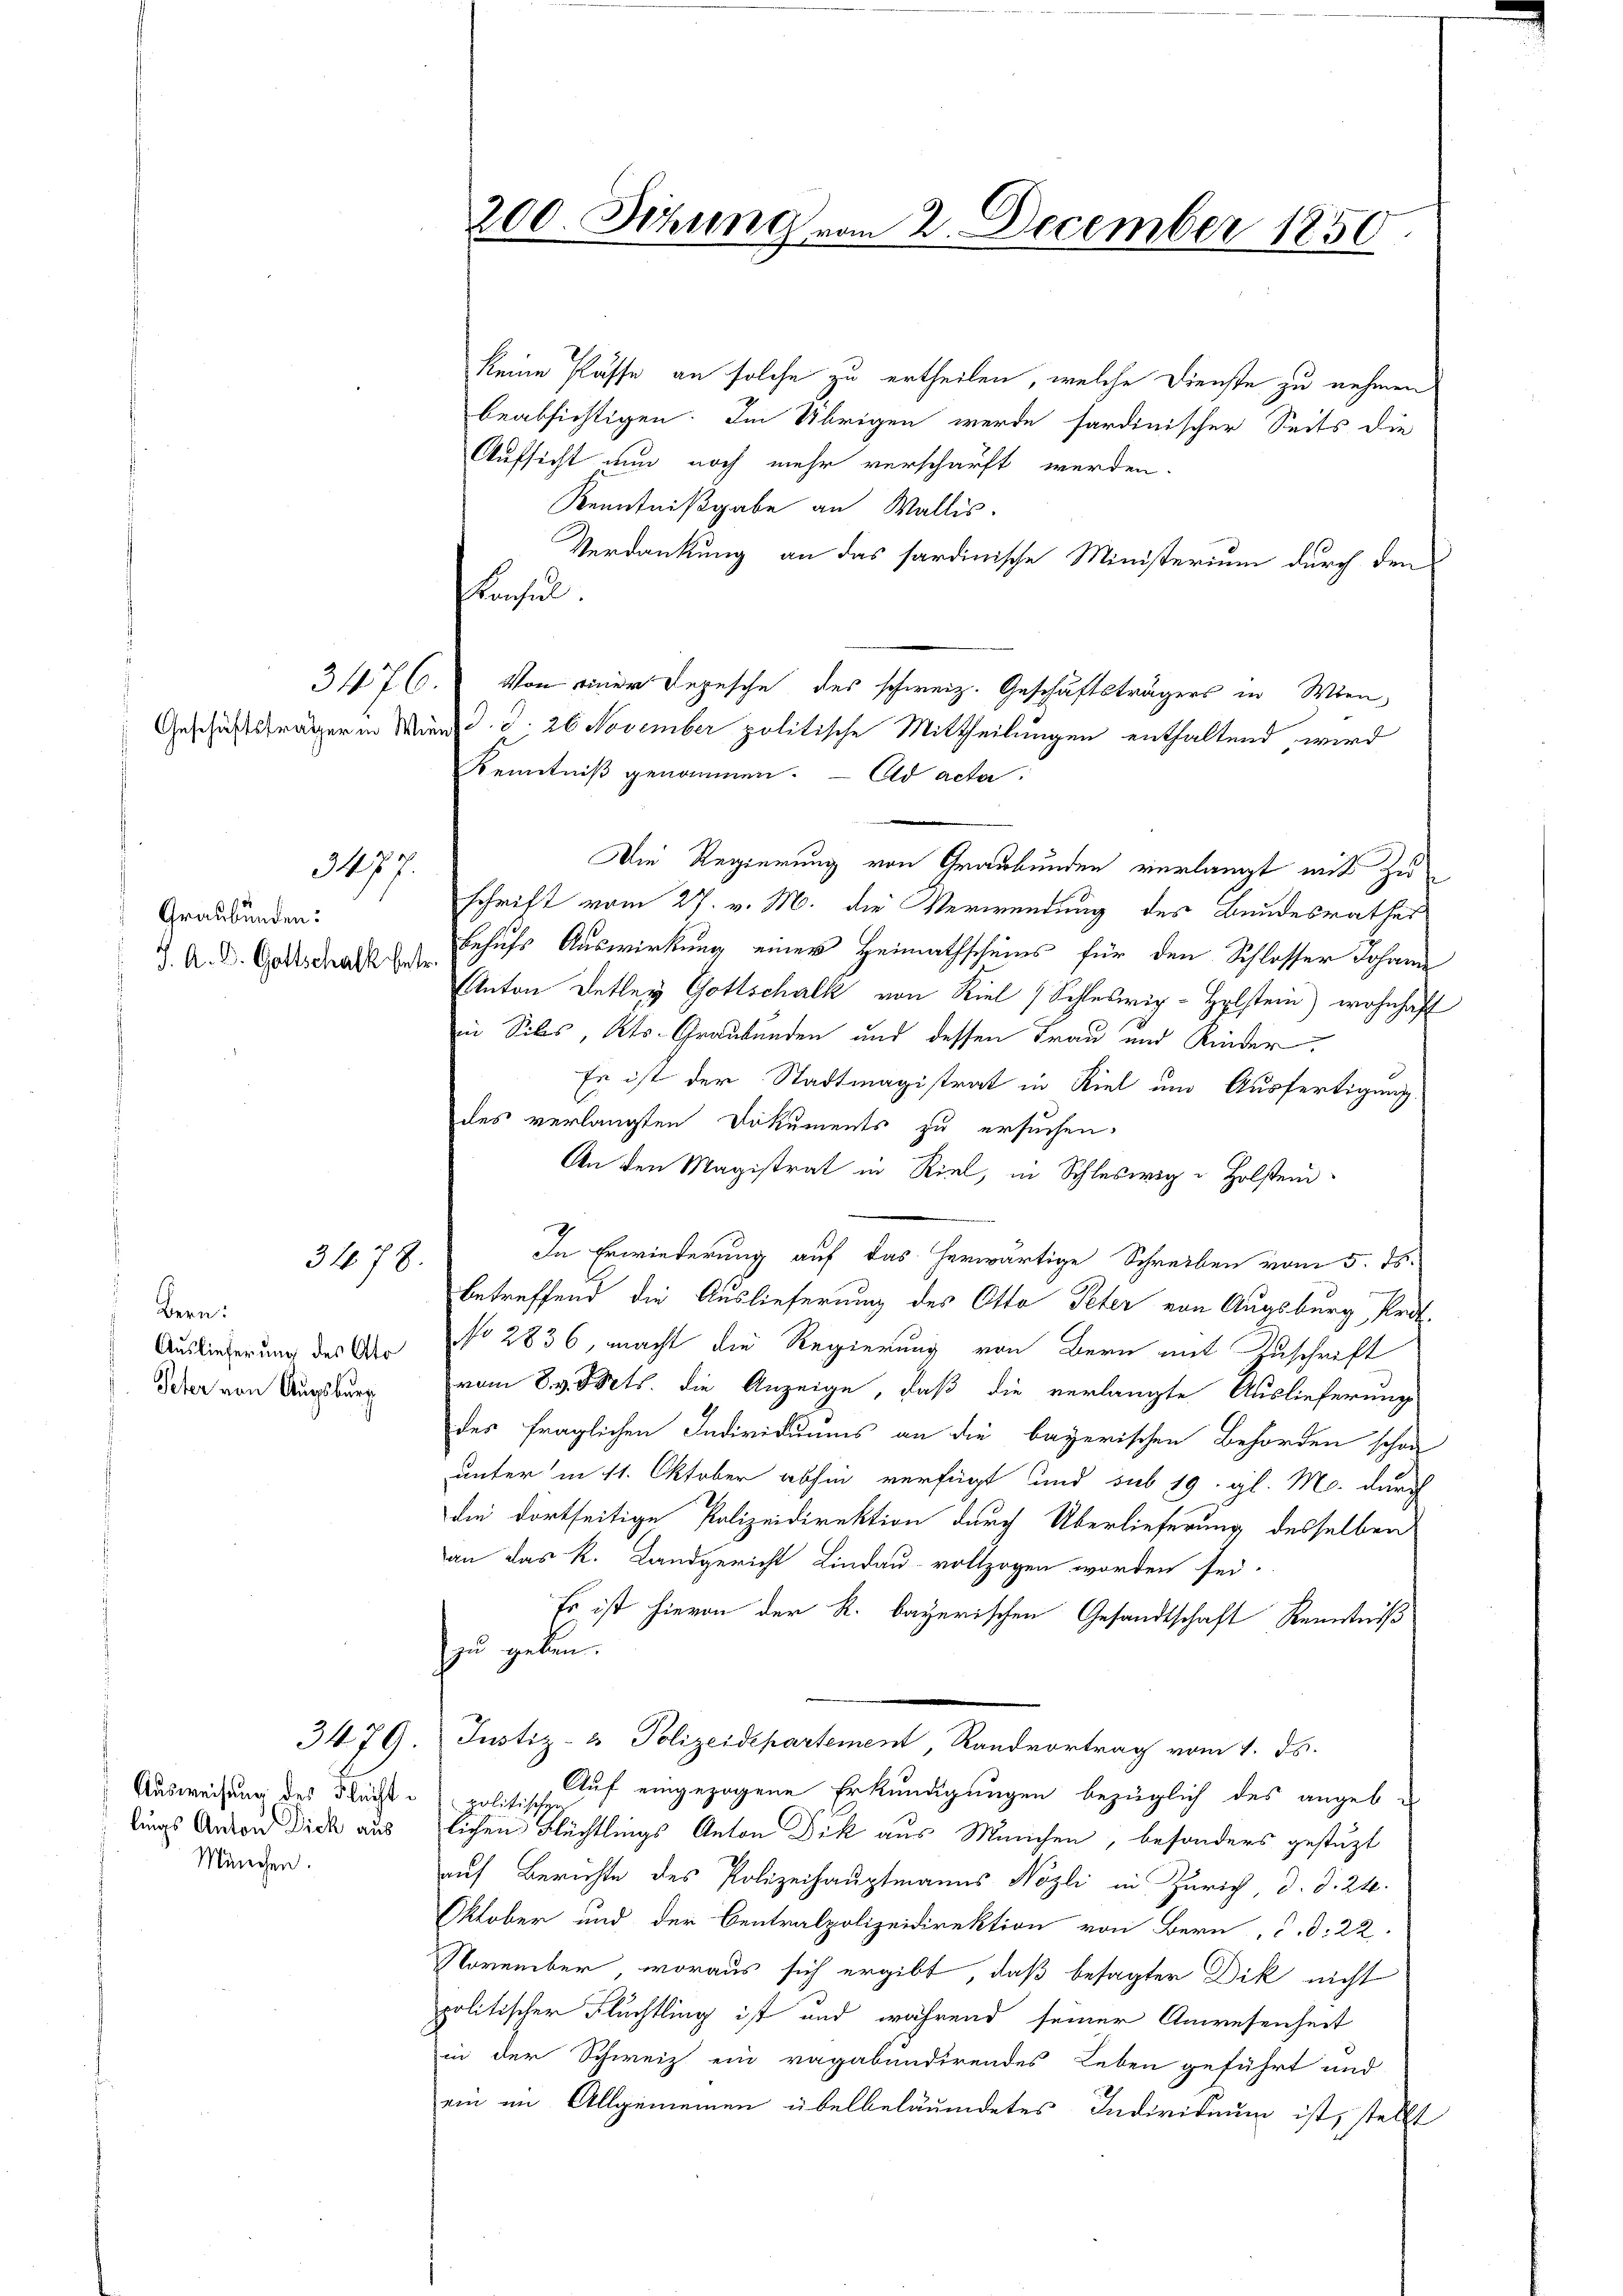
Graubünden:
J. A. D. Gottschalk betr.

3477.

Bern:
Auslieferung des Ato
Peter von Augsburg

3478.

Ausweisung des Flücht u. politische
lings Anton Dick aus
München.

3479.

keine Pässe an solche zu ertheilen, welche Dienste zu nehmen
beabsichtigen. Im Übrigen werde fardinischer Seits die
Aufsicht nun noch mehr verschärft werden.
Kenntnißgabe an Wallis.
Verdankung an das sardinische Ministerium durch den
Konsul
3476. Von einer Depesche des schweiz. Geschäftsträgers in Wien,
Geschäftsträger in Wind. S. 26 November politische Mittheilungen enthaltend wird
Kenntniß genommen. - Ad acta
Die Regierung von Graubünden verlangt mit Zuschrift vom 27. v. M. die Verwendung des Bundesrathes
behufs Auswirkung einer Heimathscheins für den Schlosser Johann
Anton Detley Gottschalk von Kiel (Schleswig-Holstein) wohnhaft
in Siles, Kts. Graubünden und dessen Frau und Kinder.
Es ist der Stadtmagistrat in Kiel um Ausfertigung.
des verlangten Dokuments zu ersuchen.
An den Magistrat in Riel, in Schleswig u Holstend
In Erwiederung auf das herwärtige Schreiben vom 5. ds.
betreffend die Auslieferung des Otto Peter von Augsburg Prof.
No 2836, macht die Regierung von Bern mit Zuschrift
vom 8. v. Mts. die Anzeige, daß die verlangte Auslieferung
des fraglichen Individuums an die bayerischen Behörden schon
unter in 11. Oktober abhin verfügt und sub 19. gl. M. durch
die dortseitige Polizeidirektion durch Überlieferung desselben
an das k. Landgericht Lindau vollzogen worden sei.
Es ist hievon der R. bayerischen Gesandtschaft Kenntniß
zu geben.
Justiz- & Polizeidepartement, Randvortrag vom 1. ds.
Auf eingezogene Erkundigungen bezüglich des angeb
lichen Flüchtlings Anton Dik aus Manchen, besonders gestüzt
auf Berichte des Polizeihauptmanns Nozli in Zürich d. d. 24.
Oktober und der Centralpolizeidirektion von Bern, C. d. 22.
November, woraus sich ergibt, daß besagter Dik nicht
politischer Flüchtling ist und während seiner Anwesenheit
in der Schweiz ein ragabundirendes Leben geführt und
ein im Allgemeinen übelbeläumdetes Individuum ist, stellt

200. Sekung vom 2. December 1850.